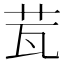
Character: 𦭈